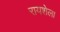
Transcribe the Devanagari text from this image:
रायशेला